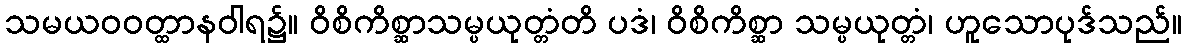
သမယဝဝတ္ထာနဝါရ၌။ ဝိစိကိစ္ဆာသမ္ပယုတ္တံတိ ပဒံ၊ ဝိစိကိစ္ဆာ သမ္ပယုတ္တံ၊ ဟူသောပုဒ်သည်။